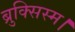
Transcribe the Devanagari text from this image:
ब्रुक्सिस्म।